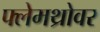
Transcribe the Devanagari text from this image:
फ्लेमथ्रोवर